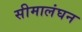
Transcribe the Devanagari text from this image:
सीमालंघन